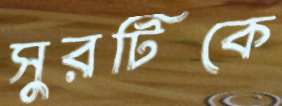
সুরটিকে